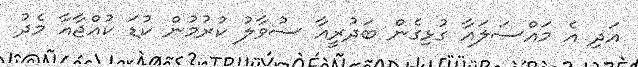
އަދި އެ މައްސަލައާ ގުޅިގެން ބަދުރީއާ ސުވާލު ކުރުމުން ކުޑަ ކުއްޖާއާ މެދު